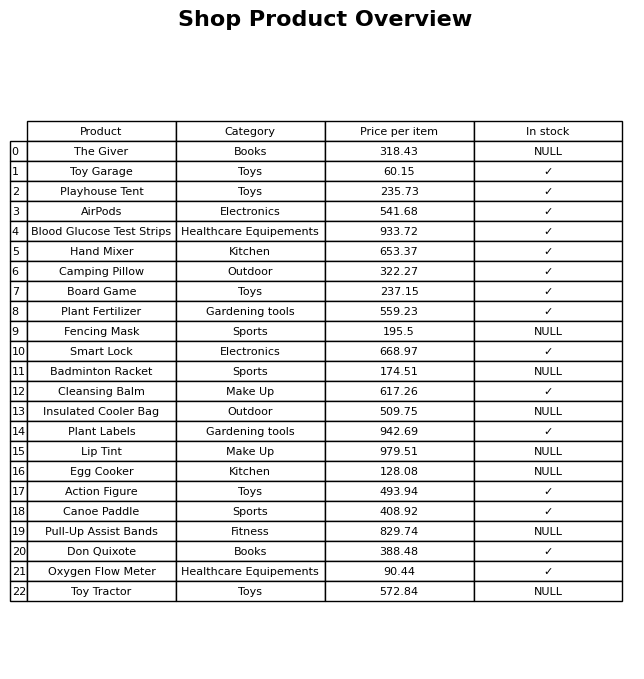
question: What is the price of the Pull-Up Assist Bands?
answer: The price of Pull-Up Assist Bands is 829.74.